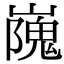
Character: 㠕